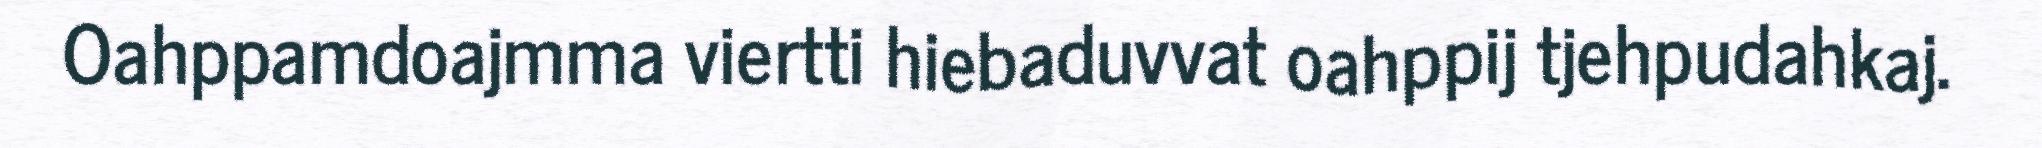
Oahppamdoajmma viertti hiebaduvvat oahppij tjehpudahkaj.